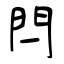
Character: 閂